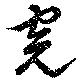
完